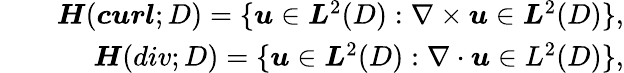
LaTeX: \begin{array}{rlr}&{}&{\boldsymbol{H}(\boldsymbol{curl};D)=\{ \boldsymbol{u}\in\boldsymbol{L}^{2}(D):\nabla\times\boldsymbol{u}\in\boldsymbol{L}^{2}(D)\} ,}\\ &{}&{\boldsymbol{H}(div;D)=\{ \boldsymbol{u}\in\boldsymbol{L}^{2}(D):\nabla\cdot\boldsymbol{u}\in L^{2}(D)\} ,}\end{array}